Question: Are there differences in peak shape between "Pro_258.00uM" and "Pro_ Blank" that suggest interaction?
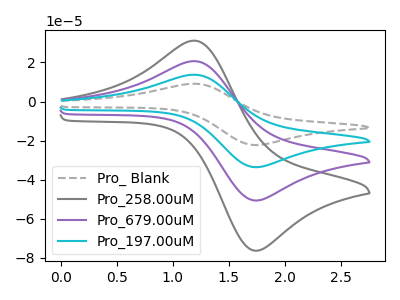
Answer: <think>The gray dashed curve "Pro_ Blank" has an anodic peak at (1.20V, 62.05uA) and a cathodic peak at (1.70V, -151.70uA). The gray curve "Pro_258.00uM" has an anodic peak at (1.20V, 31.15uA) and a cathodic peak at (1.70V, -76.25uA). The purple curve "Pro_679.00uM" has an anodic peak at (1.20V, 20.70uA) and a cathodic peak at (1.70V, -50.55uA). The cyan curve "Pro_197.00uM" has an anodic peak at (1.20V, 41.35uA) and a cathodic peak at (1.70V, -101.15uA).
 All the peaks in "Pro_258.00uM" have a peak in "Pro_ Blank" at the same potential. Every peak in "Pro_258.00uM" is lower than every peak in "Pro_ Blank".</think>
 <answer>No, "Pro_258.00uM" and "Pro_ Blank" don't appear to be significantly different in shape</answer>
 <eval>no_change</eval>